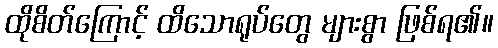
ထိုစိတ်ကြောင့် ထိသောရုပ်တွေ များစွာ ဖြစ်ရ၏။